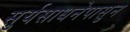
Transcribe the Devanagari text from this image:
सुर्यसाधनेपासुन